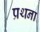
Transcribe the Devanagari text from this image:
प्रथना